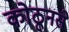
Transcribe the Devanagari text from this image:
कोठूनसे